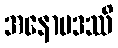
အနောမဒဿိ